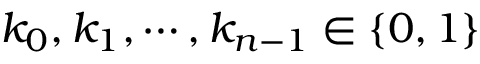
k _ { 0 } , k _ { 1 } , \cdots , k _ { n - 1 } \in \{ 0 , 1 \}